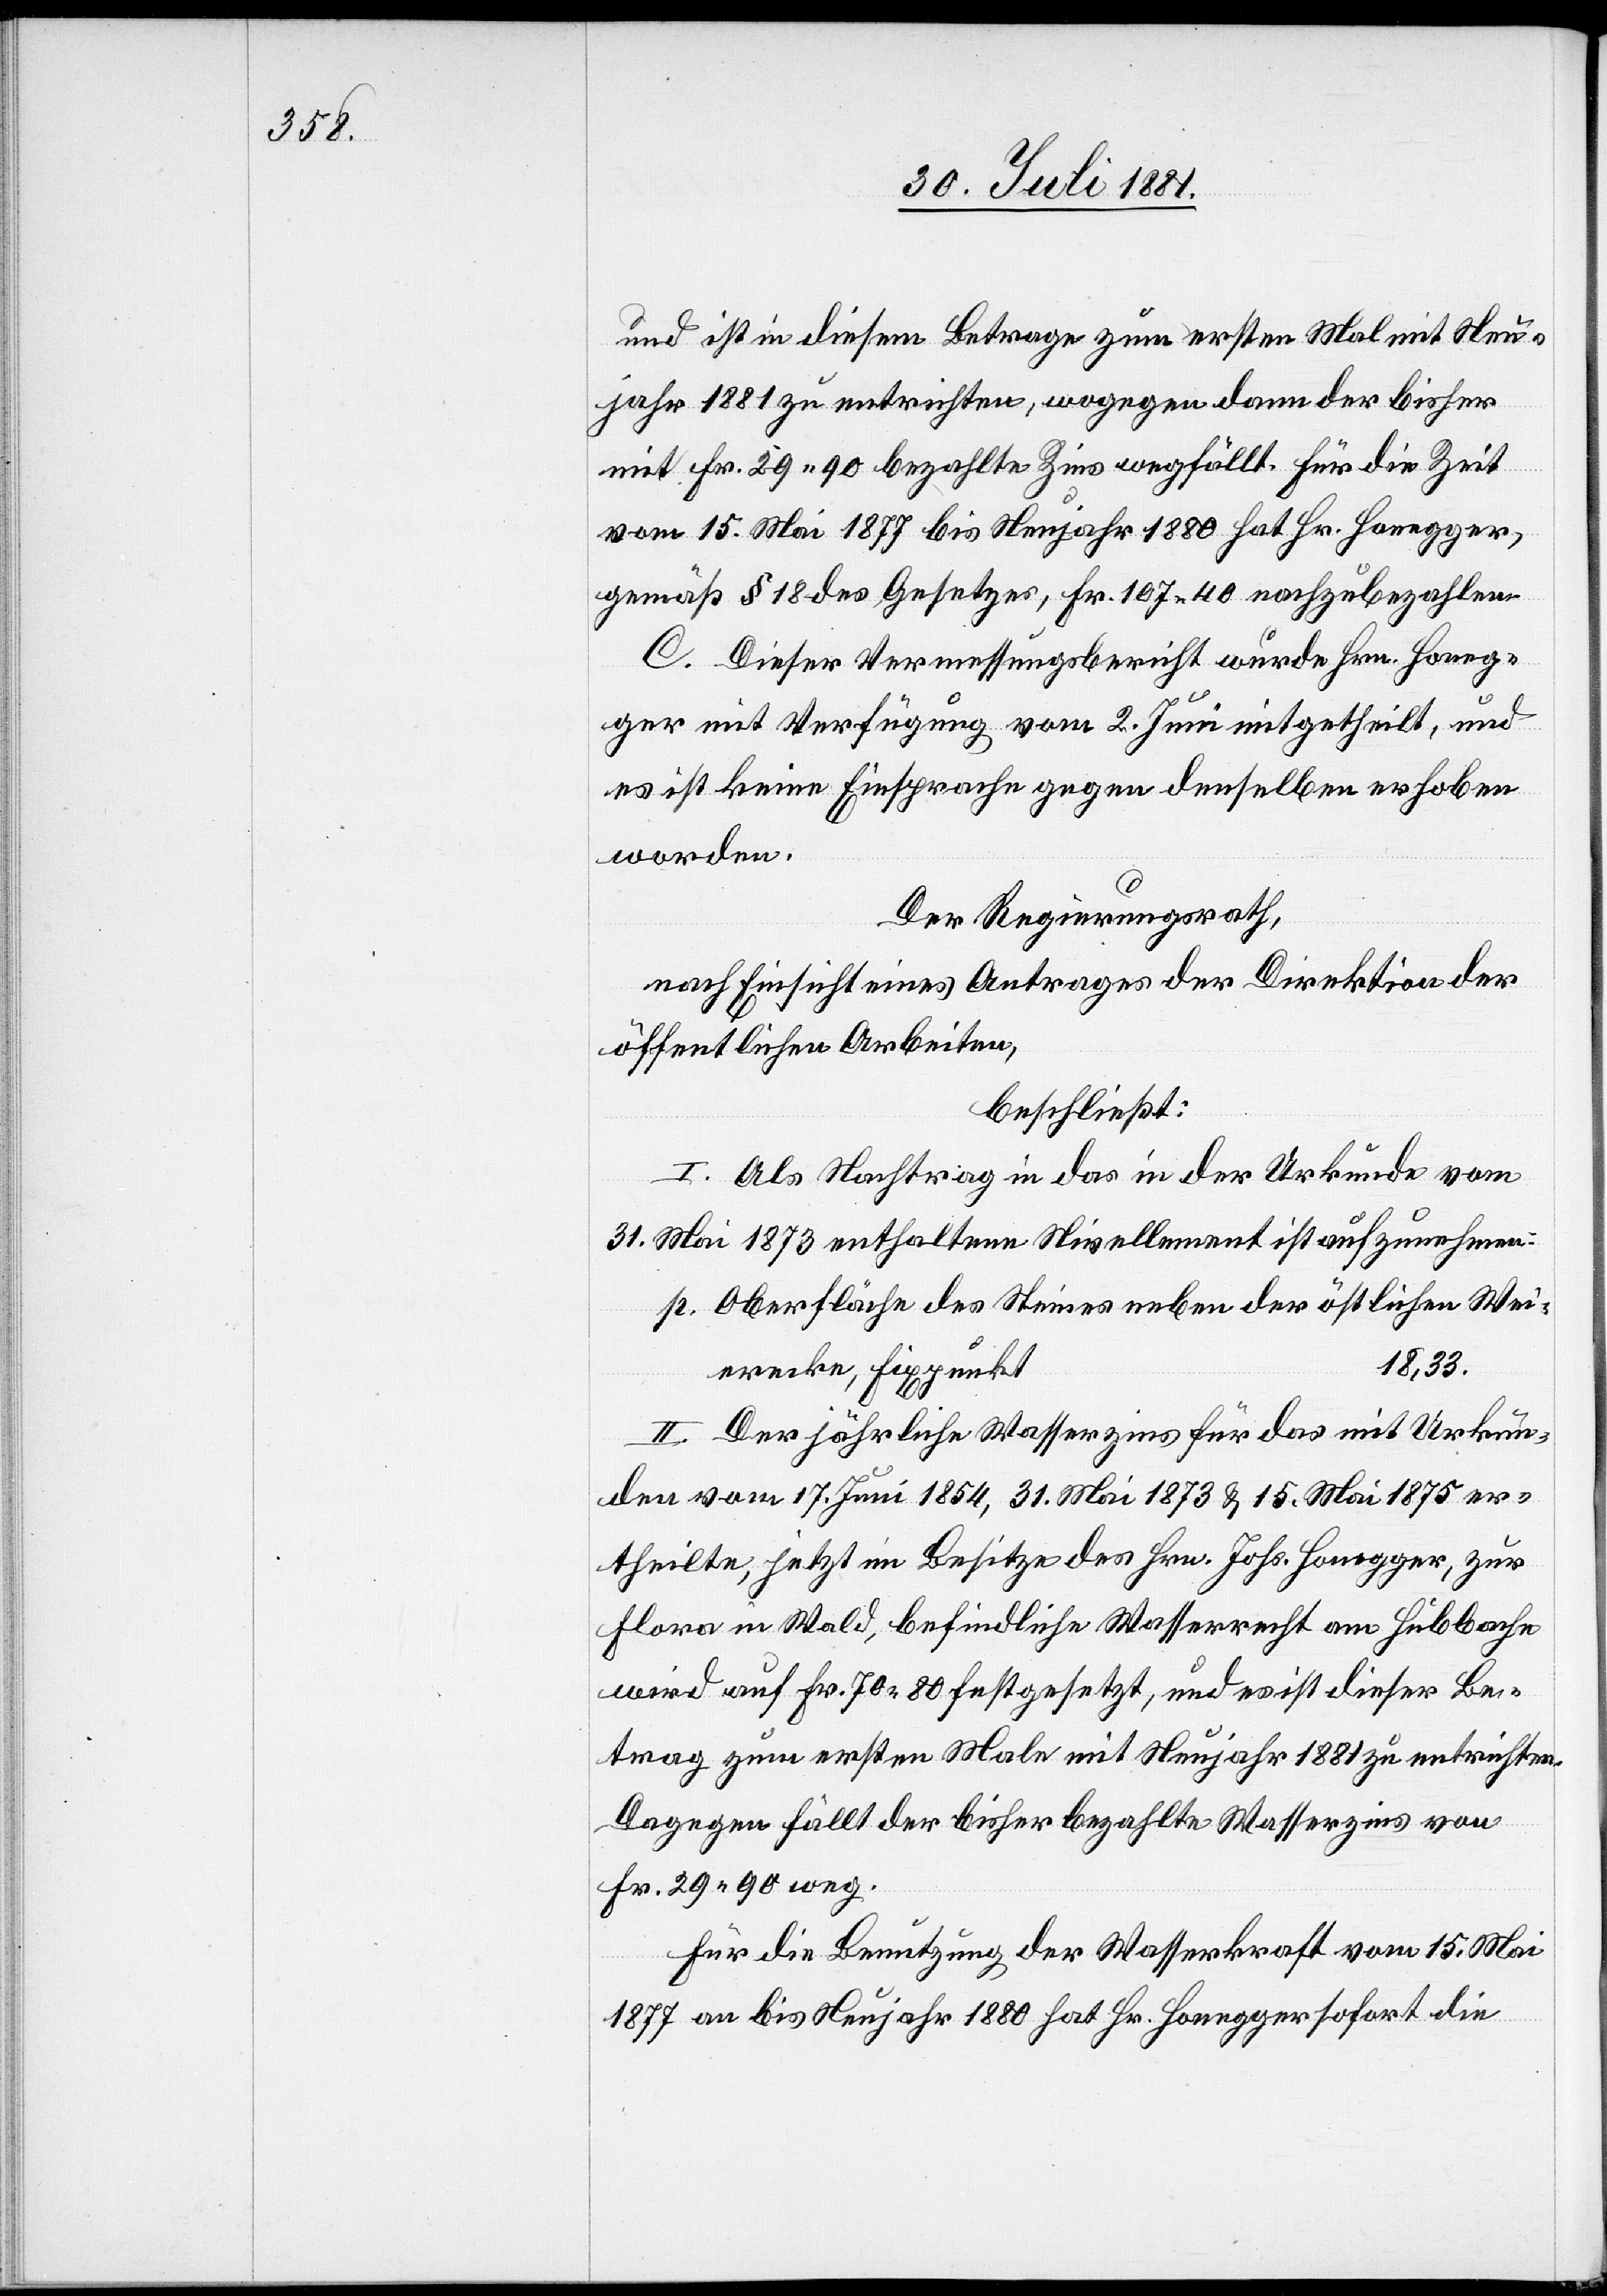
und ist in diesem Betrage zum ersten Mal mit Neu¬
jahr 1881 zu entrichten, wogegen dann der bisher
mit Fr. 29 90 bezahlte Zins wegfällt. für die Zeit
vom 15. Mai 1877 bis Neujahr 1880 hat Hr. Honegger,
gemäß § 18 des Gesetzes, Fr. 107 40 nachzuzahlen.
C. Dieser Vermessungsbericht wurde Hrn. Honeg¬
ger mit Verfügung vom 2. Juni mitgetheilt, und
es ist keine Einsprache gegen denselben erhoben
worden.
Der Regierungsrath,
nach Einsicht eines Antrages der Direktion der
öffentlichen Arbeiten
beschließt:
I. Als Nachtrag in das in der Urkunde vom
31. Mai 1873 enthaltene Nivellement ist aufzunehmen:
p. Oberfläche des Steines neben der östlichen Wei¬
18,33.
erecke, Fixpunkt
II. Der jährliche Wasserzins für das mit Urkun¬
den vom 17. Juni 1854, 31. Mai 1873 & 15. Mai 1875 er¬
theilte, jetzt im Besitze des Hrn. Johs. Honegger, zur
Flora in Wald befindliche Wasserrecht am Hubbache
wird auf Fr. 70 80 festgesetzt, und es ist dieser Be¬
trag zum ersten Male mit Neujahr 1881 zu entrichten.
Dagegen fällt der bisher bezahlte Wasserzins von
Fr. 29 90 weg.
Für die Benutzung der Wasserkraft vom 15. Mai
1877 an bis Neujahr 1880 hat Hr. Honegger sofort die